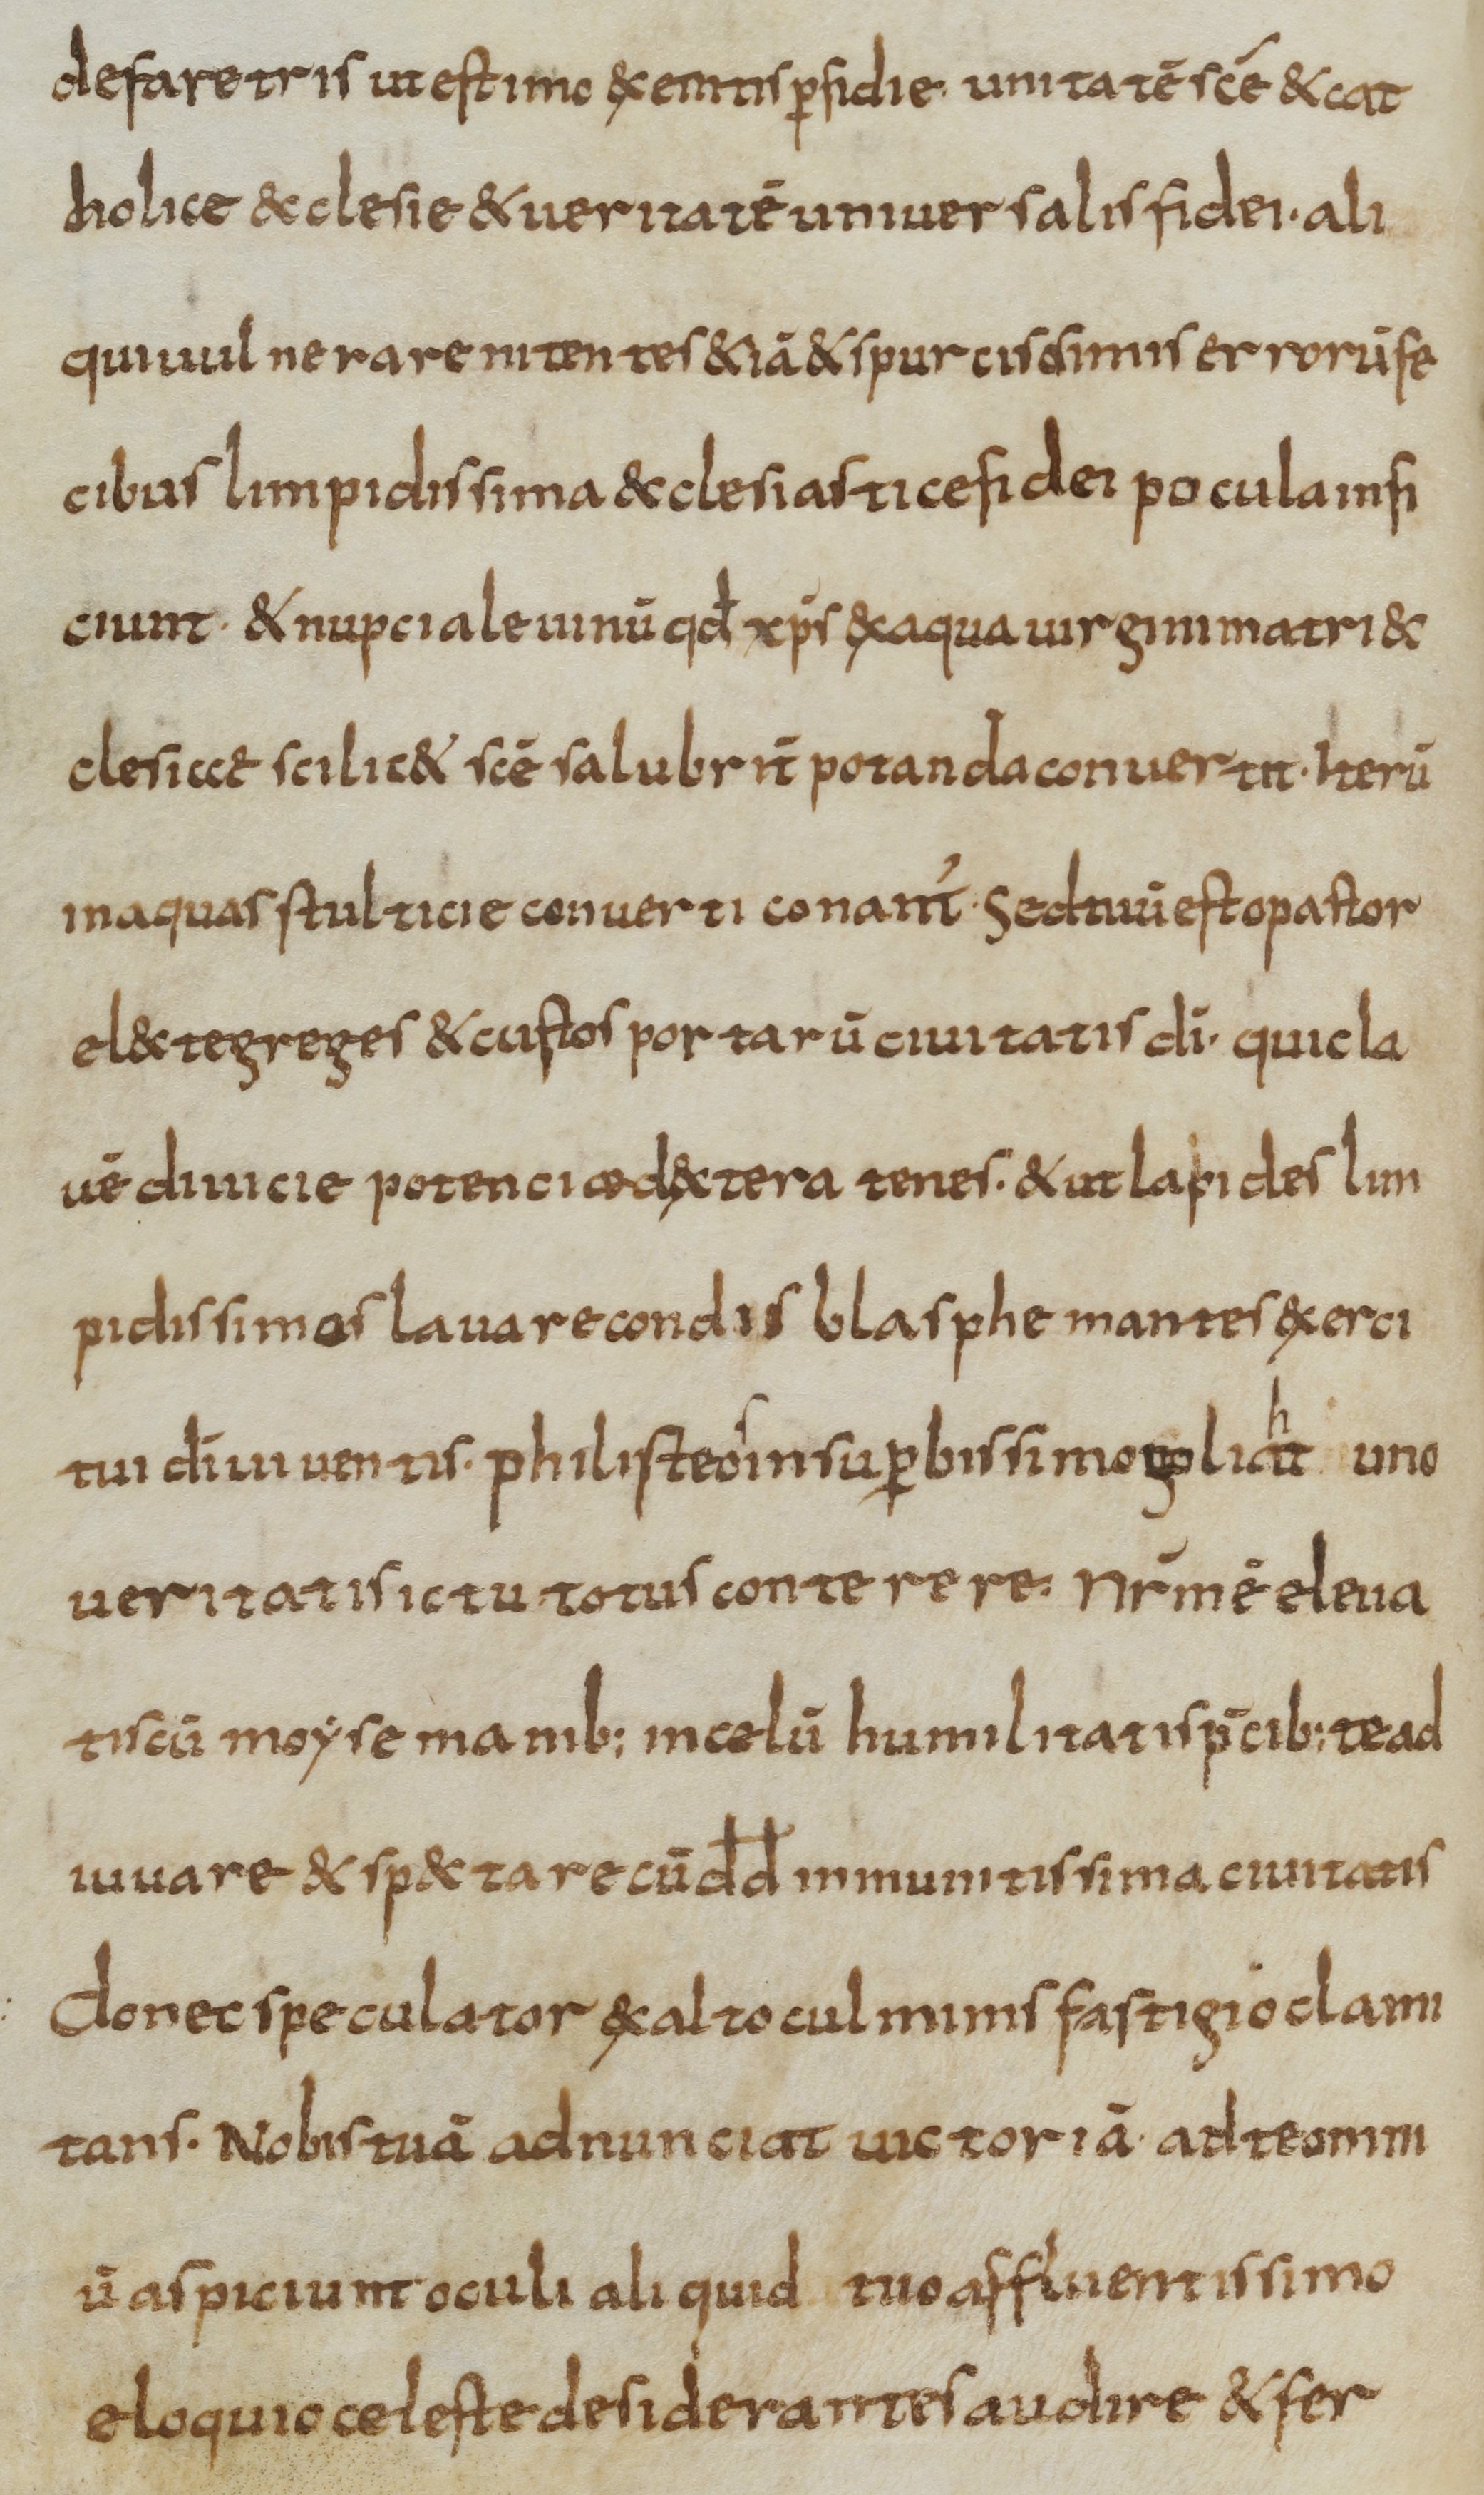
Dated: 800–830